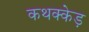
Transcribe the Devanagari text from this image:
कथक्केड़